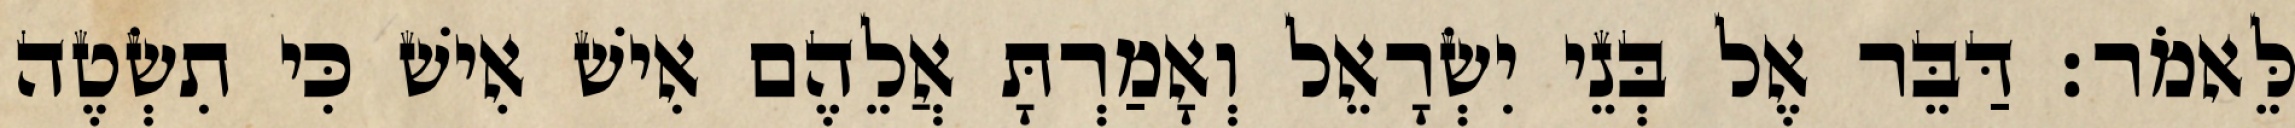
לֵּאמֹר׃ דַּבֵּר אֶל בְּנֵי יִשְׂרָאֵל וְאָמַרְתָּ אֲלֵהֶם אִישׁ אִישׁ כִּי תִשְׂטֶה